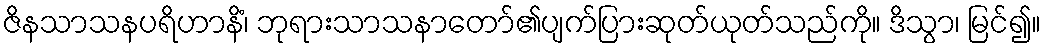
ဇိနသာသနပရိဟာနိံ၊ ဘုရားသာသနာတော်၏ပျက်ပြားဆုတ်ယုတ်သည်ကို။ ဒိသွာ၊ မြင်၍။